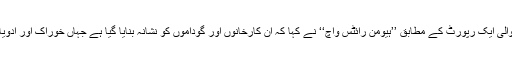
پیر کو جاری ہونے والی ایک رپورٹ کے مطابق ’’ہیومن رائٹس واچ‘‘ نے کہا کہ اُن کارخانوں اور گوداموں کو نشانہ بنایا گیا ہے جہاں خوراک اور ادویات کو رکھا جاتا تھا۔